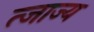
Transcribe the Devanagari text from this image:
त्जाज्य